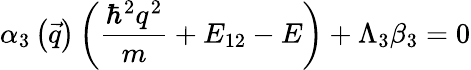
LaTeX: \alpha_{3}\left(\vec{q}\right)\left(\frac{\hbar^{2}q^{2}}{m}+E_{12}-E\right)+\Lambda_{3}\beta_{3}=0